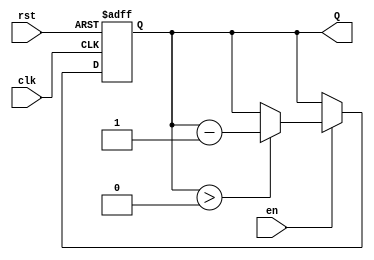
module binary_down_counter (
    input wire clk,         // Clock signal
    input wire rst,         // Asynchronous reset
    input wire en,          // Enable signal
    output reg [3:0] Q      // 4-bit count output (change width as needed)
);

    // Define the maximum count value for a 4-bit counter
    localparam MAX_COUNT = 4'b1111; // 15 in decimal

    // Always block for synchronous operation
    always @(posedge clk or posedge rst) begin
        if (rst) begin
            // Asynchronous reset to MAX_COUNT
            Q <= MAX_COUNT;
        end else if (en) begin
            // Decrement the count if enabled
            if (Q > 0) begin
                Q <= Q - 1;
            end
            // If Q is already 0, it remains 0
        end
        // If en is low, Q remains unchanged (hold state)
    end

endmodule